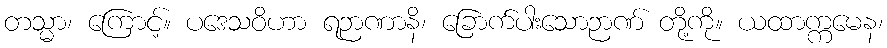
တသ္မာ၊ ကြောင့်။ ပဒေသဝိဟာ ရဉာဏာနိ၊ ခြောက်ပါးသောဉာဏ် တို့ကို။ ယထာက္ကမေန၊